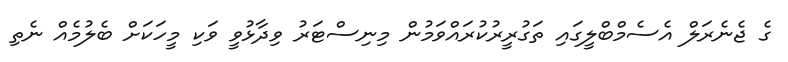
ގެ ޖެނެރަލް އެސެމްބްލީގައި ތަގުރީރުކުރައްވަމުން މިނިސްޓަރު ވިދާޅުވީ ވަކި މީހަކަށް ބެލުމެެއް ނެތި